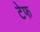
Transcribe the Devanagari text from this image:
टेफ